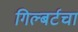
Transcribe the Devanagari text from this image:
गिल्बर्टचा